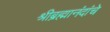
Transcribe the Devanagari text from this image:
श्रीब्रह्मानंदांचे